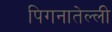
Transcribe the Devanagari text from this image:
पिगनातेल्ली